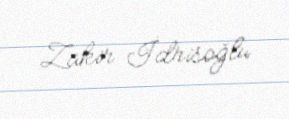
Zakir İdrisoğlu